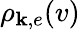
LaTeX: \rho_{\mathbf{k},e}(v)